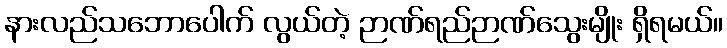
နားလည်သဘောပေါက် လွယ်တဲ့ ဉာဏ်ရည်ဉာဏ်သွေးမျိုး ရှိရမယ်။